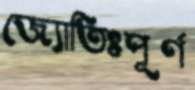
জ্যোতিঃপূর্ণ